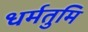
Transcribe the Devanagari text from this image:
धर्मतुमि